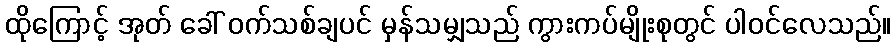
ထိုကြောင့် အုတ် ခေါ် ဝက်သစ်ချပင် မှန်သမျှသည် ကွားကပ်မျိုးစုတွင် ပါဝင်လေသည်။